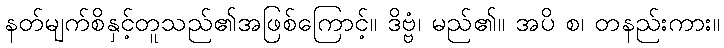
နတ်မျက်စိနှင့်တူသည်၏အဖြစ်ကြောင့်။ ဒိဗ္ဗံ၊ မည်၏။ အပိ စ၊ တနည်းကား။